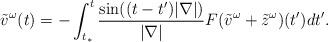
LaTeX: \begin{align*}\tilde v^\omega (t)= -\int_{t_\ast}^t \frac{\sin((t-t')|\nabla|)}{|\nabla|}F(\tilde v^\omega + \tilde z^\omega)(t')dt'.\end{align*}